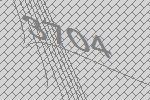
3704